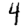
Digit: 4